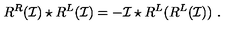
R ^ { R } ( \mathcal { I } ) \star R ^ { L } ( \mathcal { I } ) = - \mathcal { I } \star R ^ { L } ( R ^ { L } ( \mathcal { I } ) ) \ .